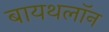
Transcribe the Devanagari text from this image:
बायथलॉन